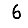
Digit: 6